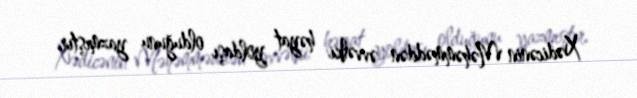
Xədicənin Məhəmməddən əvvəlki həyat yoldaşı olduğunu yazmıştır.